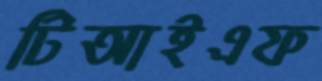
টিআইএফ